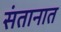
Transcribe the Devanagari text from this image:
संतानात